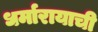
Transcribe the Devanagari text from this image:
धर्मारायाची